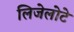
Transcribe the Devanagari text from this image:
लिजेलोटे